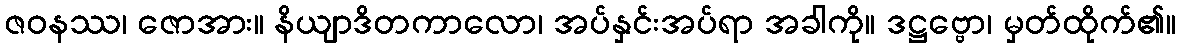
ဇဝနဿ၊ ဇောအား။ နိယျာဒိတကာလော၊ အပ်နှင်းအပ်ရာ အခါကို။ ဒဋ္ဌဗ္ဗော၊ မှတ်ထိုက်၏။